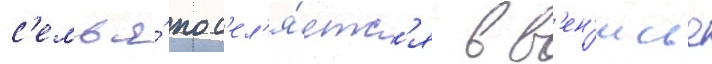
с'емья́ пос'ел'я́етс'я в в'ен'исье